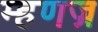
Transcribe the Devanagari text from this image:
म्हणज्र